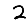
Digit: 2